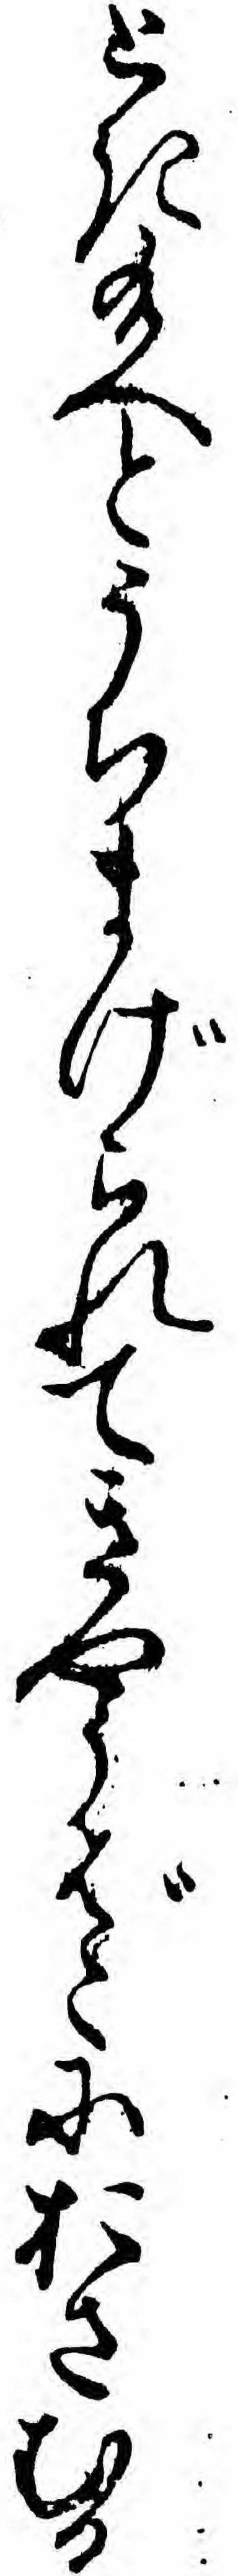
とき給へとうちまげられてきやうばこにおさむる